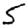
Digit: 5